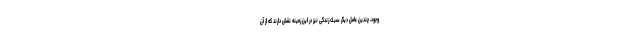
وجود، چندین عامل دیگر سبک زندگی نیز در این زمینه نقش دارند که از آن